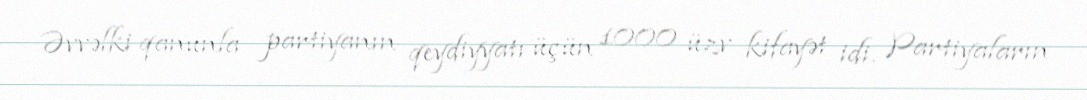
Əvvəlki qanunla partiyanın qeydiyyatı üçün 1000 üzv kifayət idi. Partiyaların